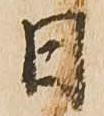
日